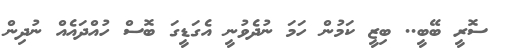
ސޮރީ ބޭބީ.. ބިޒީ ކަމުން ހަމަ ނުދެވުނީ އެގަޑީގަ ބޮސް ހުއްދައެއް ނުދިން